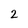
Character: 2